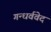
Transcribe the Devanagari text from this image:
गन्धर्ववेद